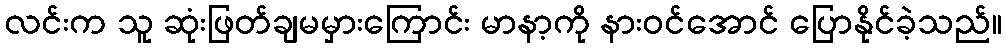
လင်းက သူ ဆုံးဖြတ်ချမမှားကြောင်း မာနာ့ကို နားဝင်အောင် ပြောနိုင်ခဲ့သည်။